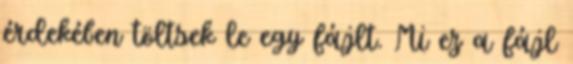
érdekében töltsek le egy fájlt. Mi ez a fájl